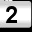
Digit: 2